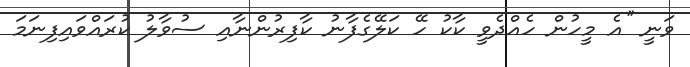
ވަނީ ''އެ މީހުން ހެއްދެވީ ކާކު ހޭ ކަލޭގެފާނު ކާފިރުންނާއި ސުވާލު ކުރައްވައިފިނަމަ